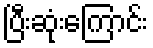
ပြီးဆုံးကြောင်း